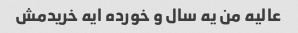
عالیه من یه سال و خورده ایه خریدمش